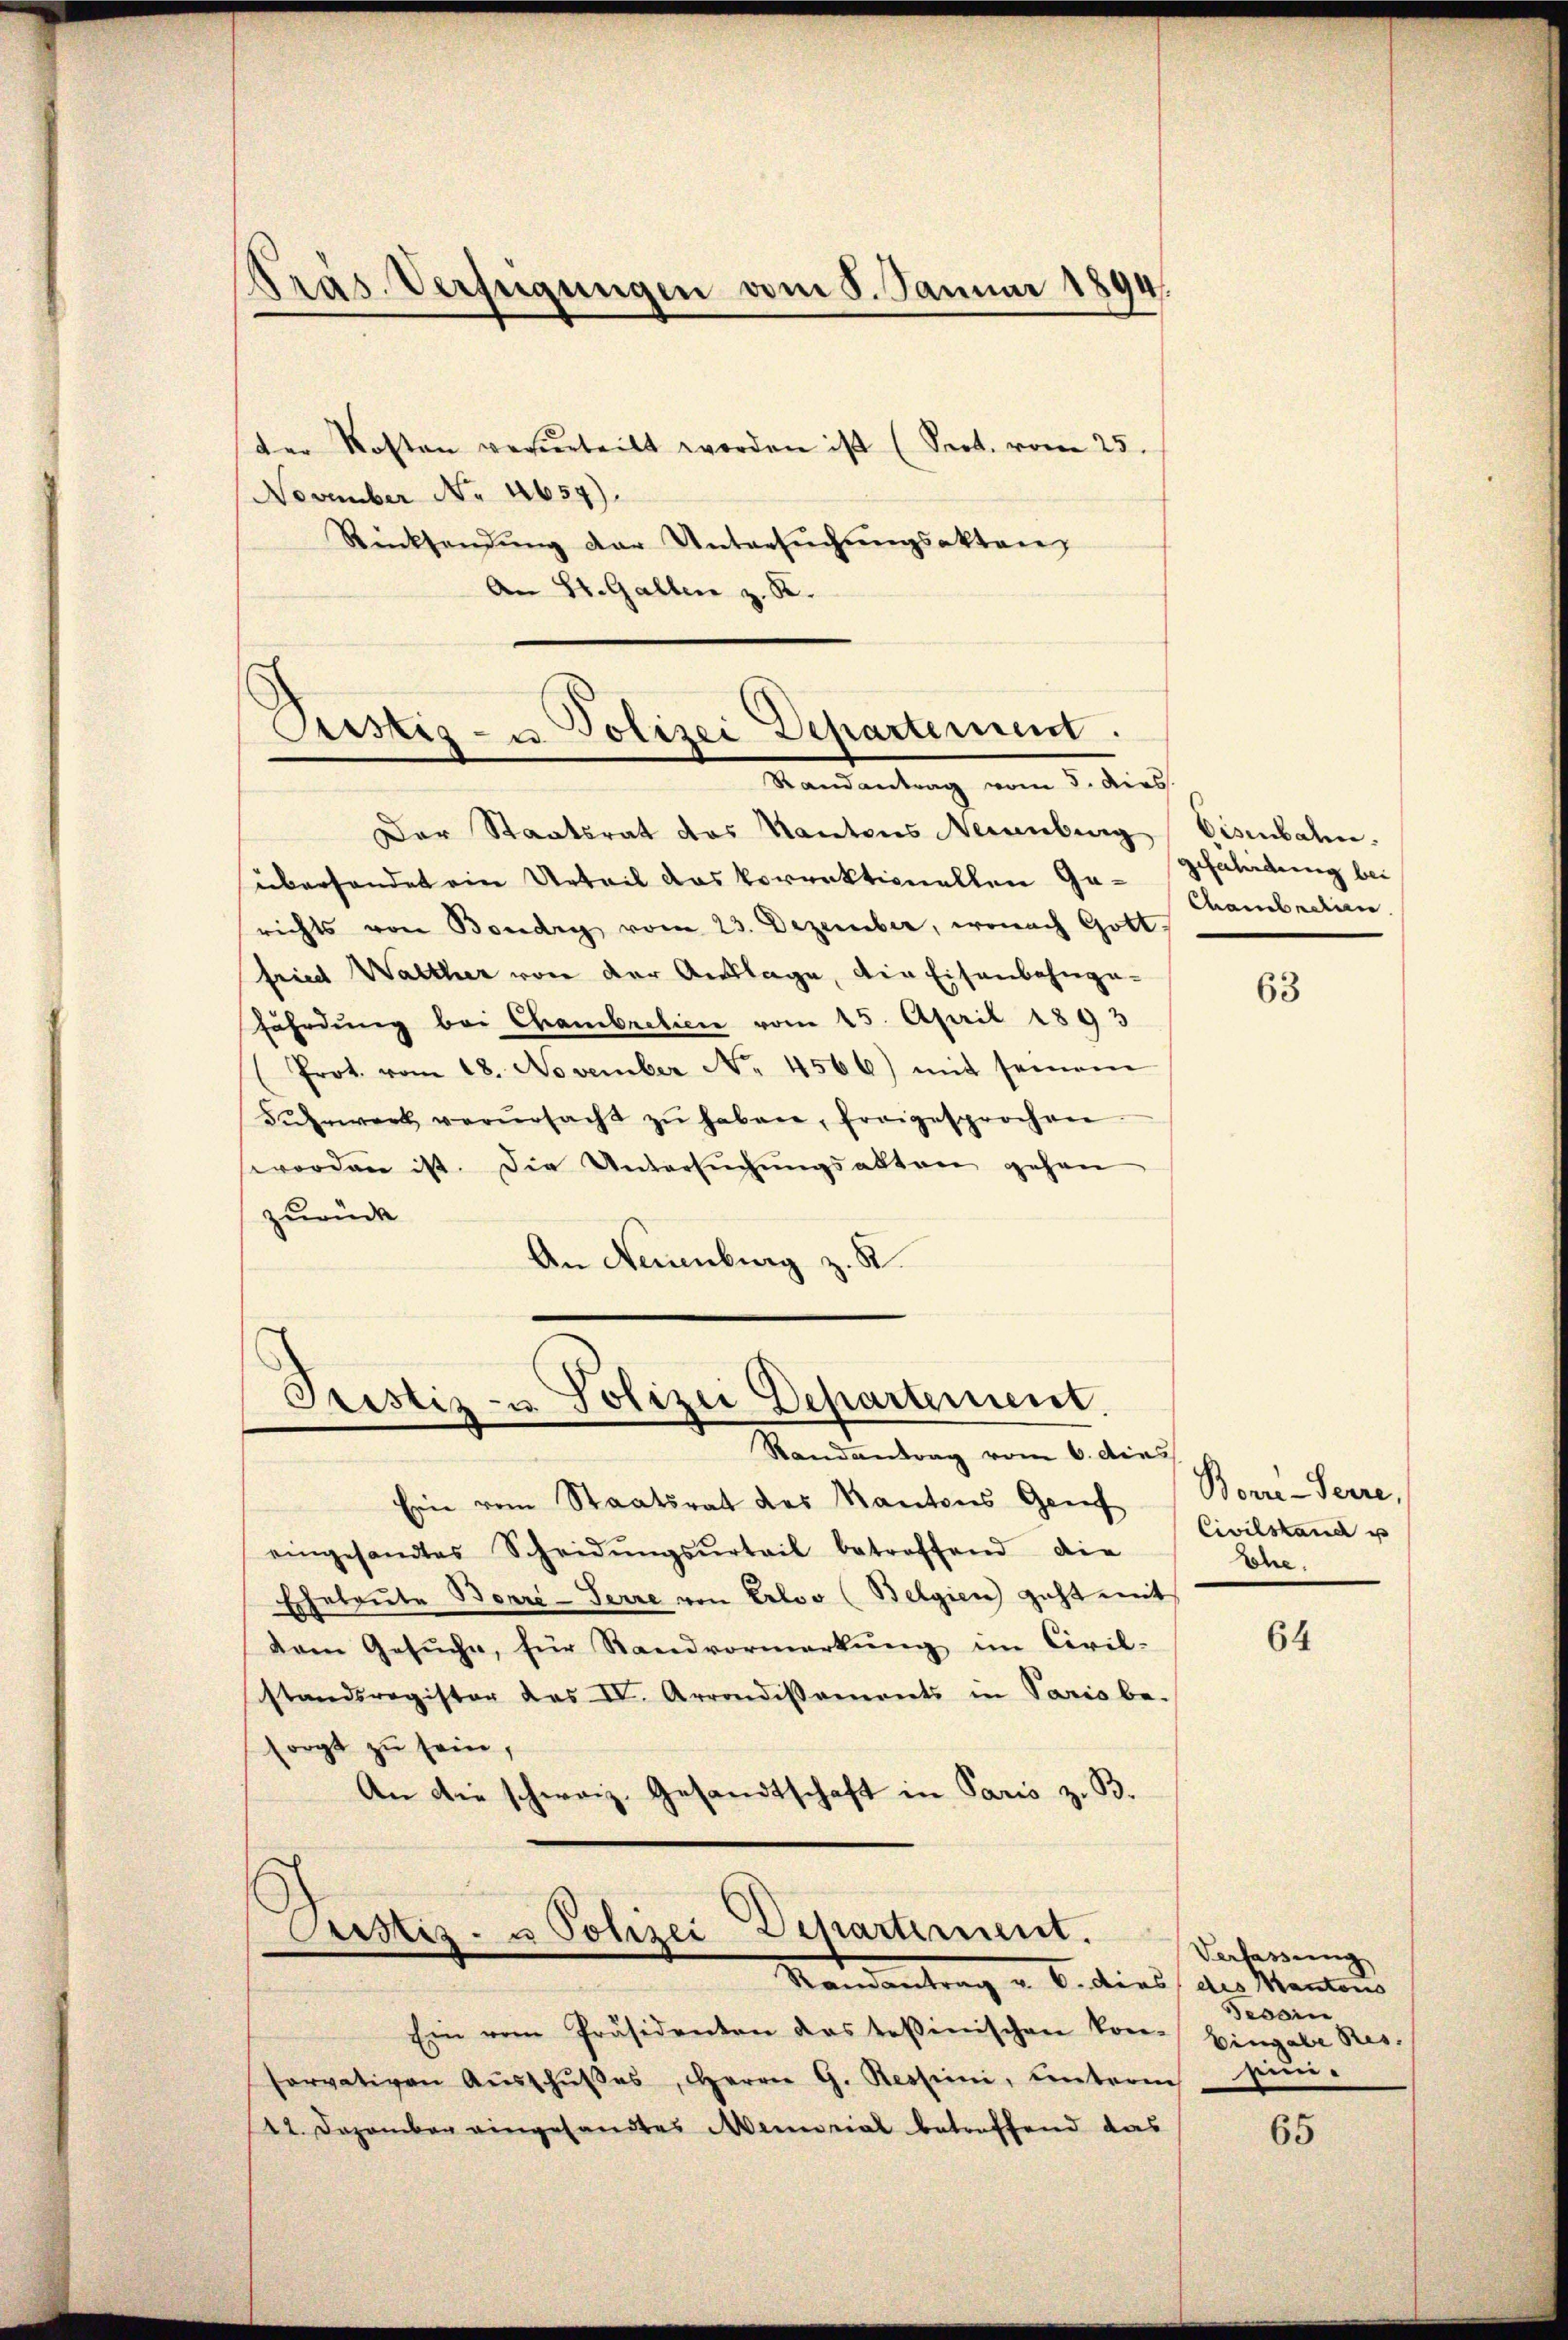
dräs. Verfügungen vom 8. Januar 1894.

der Kosten verurteilt worden ist (Sept. vom 25.
November No 4654).
Rücksendŭng der Untersŭchŭngsakten,
An St. Gallen z. B.

Pustiz- u. Polizei Departement.
Randantrag vom 5. dies

Der Staatsrat des Kantons Neuenburg Eisenbahn.
überhandet ein Urteil das Vorrektionellen Ga-pfährdung bei
richts von Boudry vom 23. Dezember, wonach Gott
fried Walther von der Auslage, die Eisenbahngafährdung bei Chambretien vom 25. April 1893
(Prot. vom 18. November No. 4566) mit seinem
Fuhrwerk verŭrsacht zŭ haben, fragesprochen.
worden ist. Die Untersŭchŭngsakten gehen
zurück
An Neuenburg z. R.

Prustiz- u. Polizei Departement.
Randantrag vom 6. dies

Departement.
Crstiz- u Polizei
Randantrag u. 6. dies des Manten

Chambretien

Ein vom Staatsrat des Kantons Genf
eingesandtes Scheidŭngsŭrteil betreffend die
Eheleute Borré-Serre von Erloo (Belgien geht mit
dem Gesuche, für Standvormerkung im Civil-
standsregister das IV. Arrondissements in Paris be-
sorgt zu sein,
An die schweiz. Gesandtschaft in Paris z. B.

Ein vom Präsidenten das Teßinischen kon- Eingabe Res.
servativen Aŭsschŭβes, Herrn G. Ressini, unterisie-
12. Dezember eingesandtes Memorial betreffend das

63

Bon-Serre,
Civilstand u
Lohe.

64

Verfassung
Fesoin

65